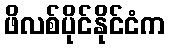
ဖိလစ်ပိုင်နိုင်ငံက